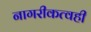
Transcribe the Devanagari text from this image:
नागरीकत्वही